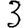
Digit: 3